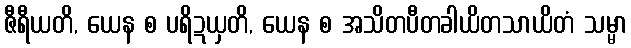
ဇီရီယတိ, ယေန စ ပရိဍယှတိ, ယေန စ အသိတပီတခါယိတသာယိတံ သမ္မာ